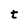
Character: t